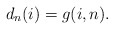
\begin{align*} d_n(i)=g(i,n).\end{align*}